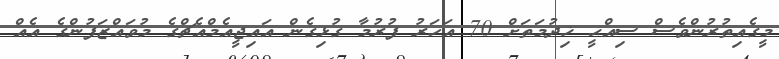
މީގެއިތުރުންވެސް ސިއްޙީ ޚިދުމަތަށް 70 އަހަރު ފުރުމާ ގުޅިގެން އައިޖީއެމްއެޗްގެ މުވައްޒަފުންގެ އެއް